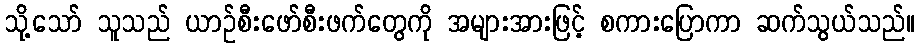
သို့သော် သူသည် ယာဉ်စီးဖော်စီးဖက်တွေကို အများအားဖြင့် စကားပြောကာ ဆက်သွယ်သည်။